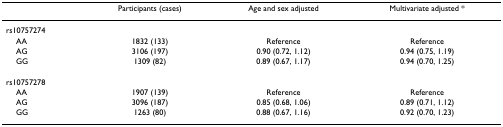
<table><thead><tr><td></td><td><b>Participants (cases)</b></td><td><b>Age and sex adjusted</b></td><td><b>Multivariate adjusted *</b></td></tr></thead><tbody><tr><td>rs10757274</td><td></td><td></td><td></td></tr><tr><td> AA</td><td>1832 (133)</td><td>Reference</td><td>Reference</td></tr><tr><td> AG</td><td>3106 (197)</td><td>0.90 (0.72, 1.12)</td><td>0.94 (0.75, 1.19)</td></tr><tr><td> GG</td><td>1309 (82)</td><td>0.89 (0.67, 1.17)</td><td>0.94 (0.70, 1.25)</td></tr><tr><td>rs10757278</td><td></td><td></td><td></td></tr><tr><td> AA</td><td>1907 (139)</td><td>Reference</td><td>Reference</td></tr><tr><td> AG</td><td>3096 (187)</td><td>0.85 (0.68, 1.06)</td><td>0.89 (0.71, 1.12)</td></tr><tr><td> GG</td><td>1263 (80)</td><td>0.88 (0.67, 1.16)</td><td>0.92 (0.70, 1.23)</td></tr></tbody></table>